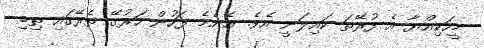
މީހަކިއްޔާ އެ ފުރޭތަ ކައިލަނީ އެވެ. އެނެމެ ފަހުން ހަރުގޭ ތެރޭގައި ތިބި